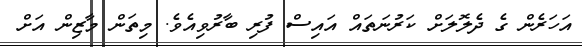
އަހަރެން ގެ ދެލޮލަށް ކަރުނަތައް އައިސް ފުރި ބާރުވިއެވެ. މިތަން މާޒިން އަށް